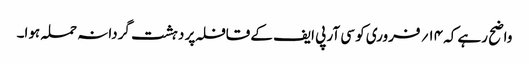
واضح رہے کہ ۱۴؍ فروری کو سی آر پی ایف کے قافلہ پر دہشت گردانہ حملہ ہوا۔